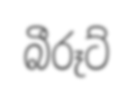
බීරූට්